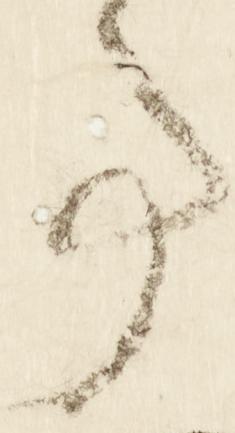
事